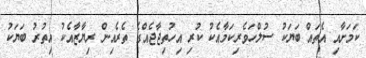
ކަމަށާއި އެތައް ބަޔަކު ސުލްހަވެރިކަމާއެކު ކުރި އިހުތިޖާޖެއްގެ ތެރެއިން ރިޔާޒާއެކު އިތުރު ބަޔަކު